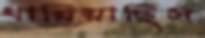
ধারিয়াছিস